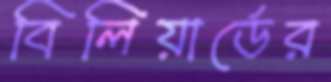
বিলিয়ার্ডের